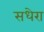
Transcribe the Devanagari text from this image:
सधेरा